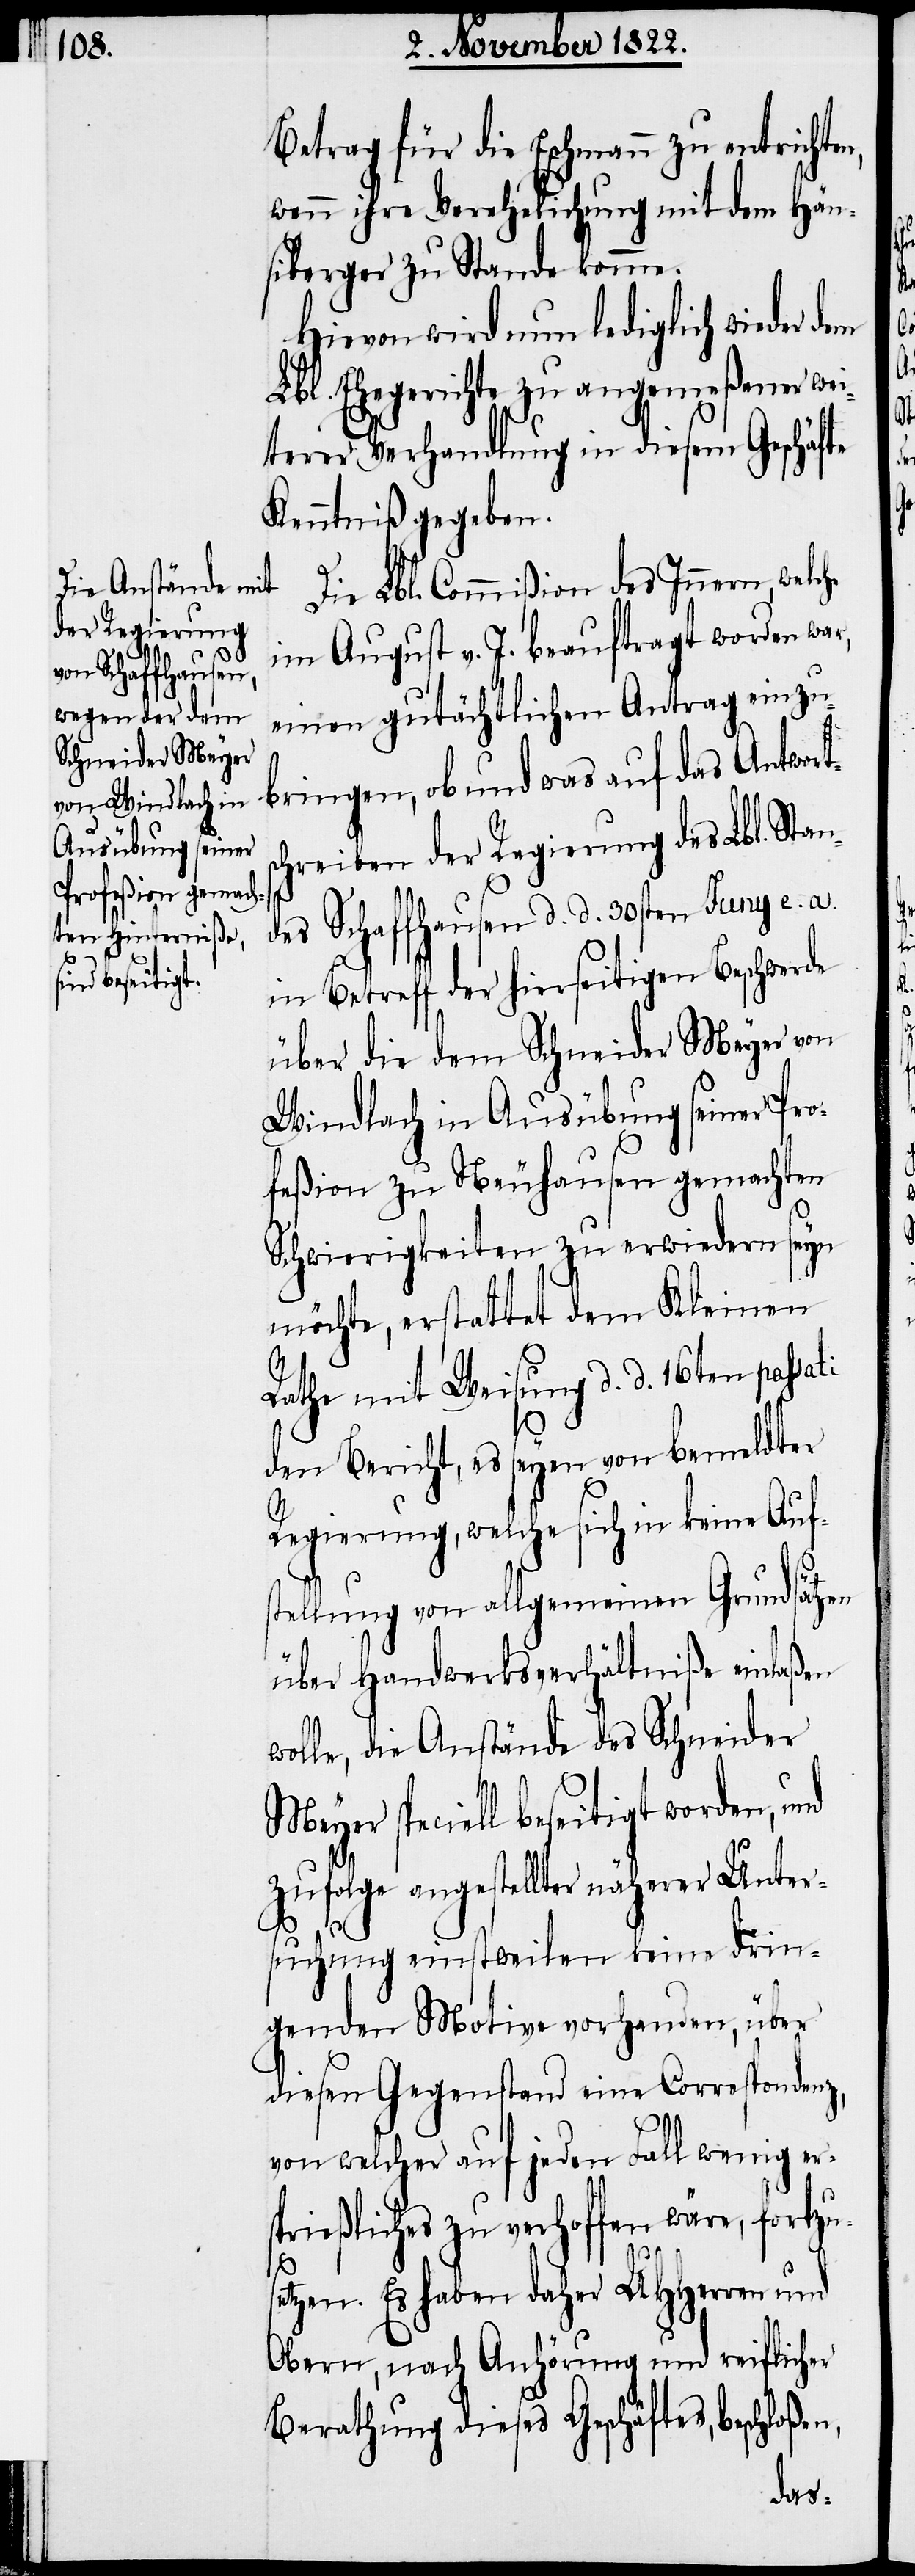
Betrag für die Eschmann zu entrichten,
wenn ihre Verehelichung mit dem Hän¬
siberger zu Stande komme.
Hievon wird nun lediglich wieder dem
Lbl. Ehegerichte zu angemeßener wei¬
terer Verhandlung in diesem Geschäfte
Kenntniß gegeben.
Die Lbl. Commißion des Innern, welche
im August v. J. beauftragt worden war,
einen gutächtlichen Antrag einzu¬
bringen, ob und was auf das Antworts¬
chreiben der Regierung des Lbl. Stan¬
des Schaffhausen d. d. 30sten Juny e. a.
in Betreff der hierseitigen Beschwerde
über die dem Schneider Meyer von
Windlach in Ausübung seiner Pro¬
feßion zu Neuhausen gemachten
Schwierigkeiten zu erwiedern seyn
möchte, erstattet dem Kleinen
Rathe mit Weisung d. d. 16ten passa¬
ti
den Bericht, es seyen von bemeldter
Regierung, welche sich in keine Auf¬
stellung von allgemeinen Grundsätzen
über Handwerksverhältniße einlaßen
wolle, die Anstände des Schneider
Meyer speciell beseitigt worden,
zufolge angestellter näherer Unter¬
suchung einstweilen keine drin¬
genden Motive vorhanden, über
diesen Gegenstand eine Correspondenz,
von welcher auf jeden Fall wenig er¬
sprießliches zu verhoffen wäre, fortzu¬
setzen. Es haben daher UHHerren und
Obern, nach Anhörung und reiflicher
Berathung dieses Geschäftes, beschloßen,